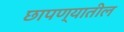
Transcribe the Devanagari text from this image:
छापण्यातील